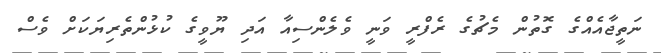
ނަތީޖާއެއްގެ ގޮތުން މެޗުގެ ރެފްރީ ވަނީ ވެލެންސިއާ އަދި ޔޫވީގެ ކުޅުންތެރިޔަކަށް ވެސް